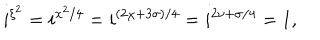
LaTeX: i ^ { \xi ^ { 2 } } = i ^ { x ^ { 2 } / 4 } = i ^ { ( 2 \chi + 3 \sigma ) / 4 } = i ^ { 2 \nu + \sigma / 4 } = 1 ,